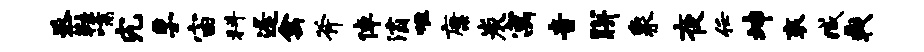
丞鞋嚅究孚宙科逢禽斧倬灞唯康炭寓音胼象夜任坤衮臧戟